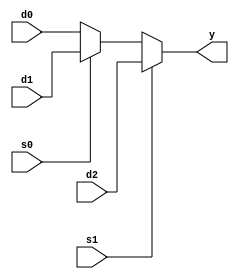
module mux31_2(d0,d1,d2,s0,s1,y);
  input d0,d1,d2,s0,s1;
  output y;

  assign y = (s1) ? d2 : (s0) ? d1 : d0;
endmodule